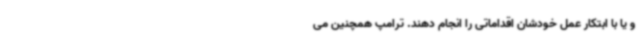
و یا با ابتکار عمل خودشان اقداماتی را انجام دهند. ترامپ همچنین می